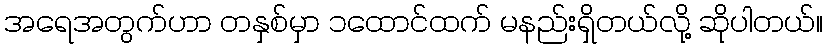
အရေအတွက်ဟာ တနှစ်မှာ ၁ထောင်ထက် မနည်းရှိတယ်လို့ ဆိုပါတယ်။